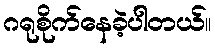
ဂရုစိုက်နေခဲ့ပါတယ်။